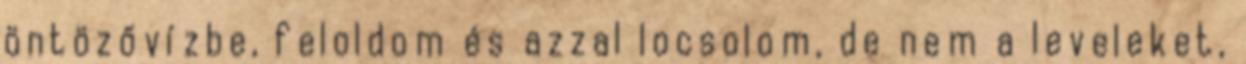
öntözővízbe, feloldom és azzal locsolom, de nem a leveleket,